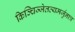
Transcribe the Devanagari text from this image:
किञ्चिज्जेतव्यमर्जुनात्र